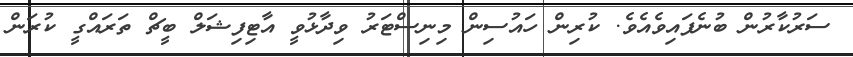
ސަރުކާރުން ބުނެފައިވެއެވެ. ކުރިން ހައުސިން މިނިސްޓަރު ވިދާޅުވީ އާޓިފިޝަލް ބީޗް ތަރައްގީ ކުރަން